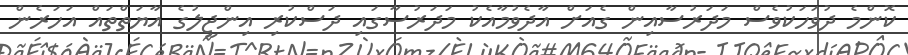
ކޮންމެ ދުވަހަކުވެސް މަދަރުސާއިން ގެއަށް އާދެވުމާއެކު މަދަރުސާގައި ދަސްކުރި އިންޖީލުގެ އާޔަތްތައް އަހަރެން